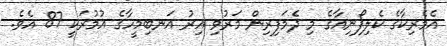
އެމެރިކާގެ ކެލިފޯނިއާގެ މި ދެމަފިރިން މަރުވި އިރު އަނބިމީހާގެ އުމުރަކީ 87 އެވެ.